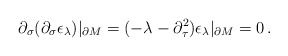
\begin{align*}\partial_\sigma (\partial_\sigma \epsilon_\lambda )\vert_{\partial M}=(-\lambda -\partial_\tau^2 ) \epsilon_\lambda \vert_{\partial M}=0\,.\end{align*}